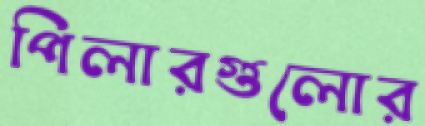
পিলারগুলোর